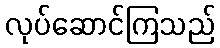
လုပ်ဆောင်ကြသည်